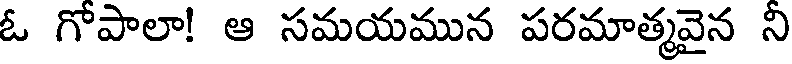
ఓ గొపాలా! ఆ సమయమున పరమాత్మవైన ని